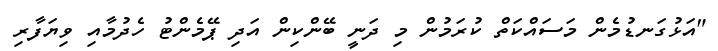
"އަޅުގަނޑުމެން މަސައްކަތް ކުރަމުން މި ދަނީ ބޭންކިން އަދި ޕޭމެންޓު ހެދުމާއި ވިޔަފާރި